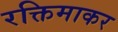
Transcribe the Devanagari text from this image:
रक्तिमाकर